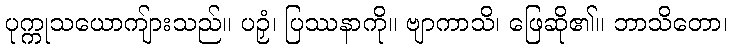
ပုက္ကုသယောကျ်ားသည်။ ပဉှံ၊ ပြဿနာကို။ ဗျာကာသိ၊ ဖြေဆို၏။ ဘာသိတော၊